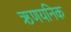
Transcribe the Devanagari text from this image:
ऋणयनिक